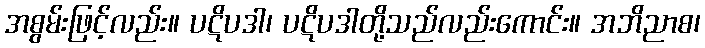
အစွမ်းဖြင့်လည်း။ ပဋိပဒါ၊ ပဋိပဒါတို့သည်လည်းကောင်း။ အဘိညာစ၊